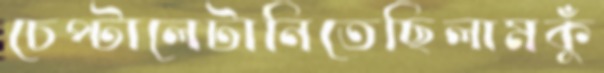
চেপ্‌টালেটানিতেছিলামকুঁ